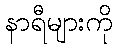
နာရီများကို